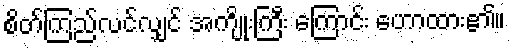
စိတ်ကြည်လင်လျှင် အကျိုးကြီး ကြောင်း ဟောထား၏။